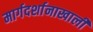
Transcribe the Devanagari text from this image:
मार्गदर्शानाखाली